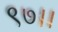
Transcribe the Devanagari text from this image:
९७।।